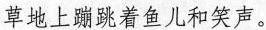
草地上蹦跳着鱼儿和笑声。